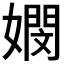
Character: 𡢄